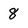
Character: 8